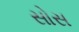
સોસ